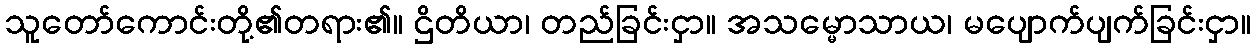
သူတော်ကောင်းတို့၏တရား၏။ ဌိတိယာ၊ တည်ခြင်းငှာ။ အသမ္မောသာယ၊ မပျောက်ပျက်ခြင်းငှာ။